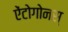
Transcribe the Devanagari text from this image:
ऐंटोगोनस्‌